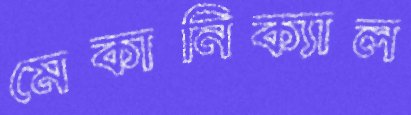
মেকানিক্যাল